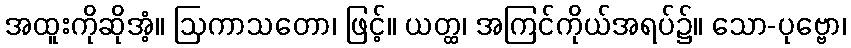
အထူးကိုဆိုအံ့။ ဩကာသတော၊ ဖြင့်။ ယတ္ထ၊ အကြင်ကိုယ်အရပ်၌။ သော-ပုဗ္ဗော၊